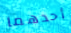
أحدهما